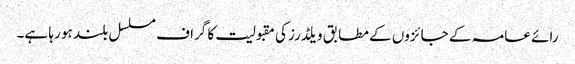
رائے عامہ کے جائزوں کے مطابق ویلڈرز کی مقبولیت کا گراف مسلسل بلند ہو رہا ہے۔